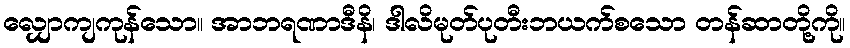
လျှောကျကုန်သော။ အာဘရဏာဒီနိ၊ ဒါလိမုတ်ပုတီးဘယက်စသော တန်ဆာတို့ကို။